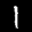
Label: 1